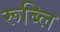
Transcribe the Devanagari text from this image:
रूब्लि